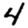
Digit: 4